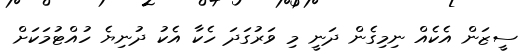
ސީޒަން އެކެއް ނިމިގެން ދަނީ މި ވަރުގަދަ ހެކާ އެކު ދުނިޔެ ހުއްޓުމަކަށް